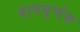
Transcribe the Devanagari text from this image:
वामघूर्णक